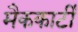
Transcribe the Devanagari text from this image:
मैककार्टी